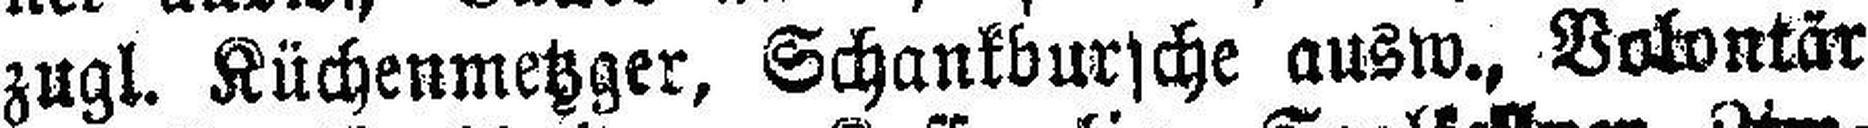
zugl. Küchenmetzger, Schankbursche ausw., Vokontär